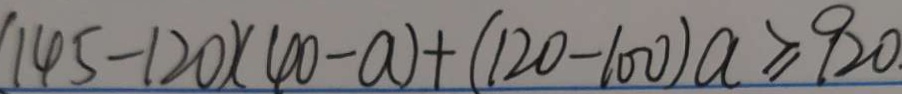
( 1 4 5 - 1 2 0 ) ( 4 0 - a ) + ( 1 2 0 - 1 0 0 ) a \geq 9 2 0 .